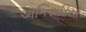
અકિસડિયો